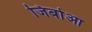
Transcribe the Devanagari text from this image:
जिबोआ